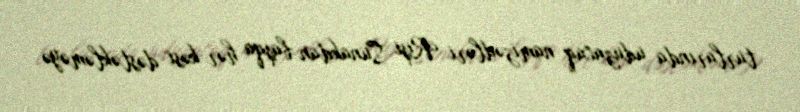
turlarında uduzacaq namizədləri Rişi Sunakdan başqa hər kəsi dəstəkləməyə